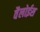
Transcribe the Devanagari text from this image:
वैलोईस